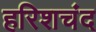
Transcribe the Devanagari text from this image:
हरिशचंद